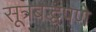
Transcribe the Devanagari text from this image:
सूत्रबद्धपणे